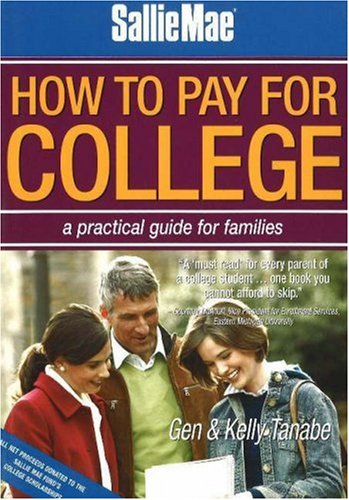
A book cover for Sallie Mae How to Pay for College: A Practical Guide for Families; Gen Tanabe; Business & Money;